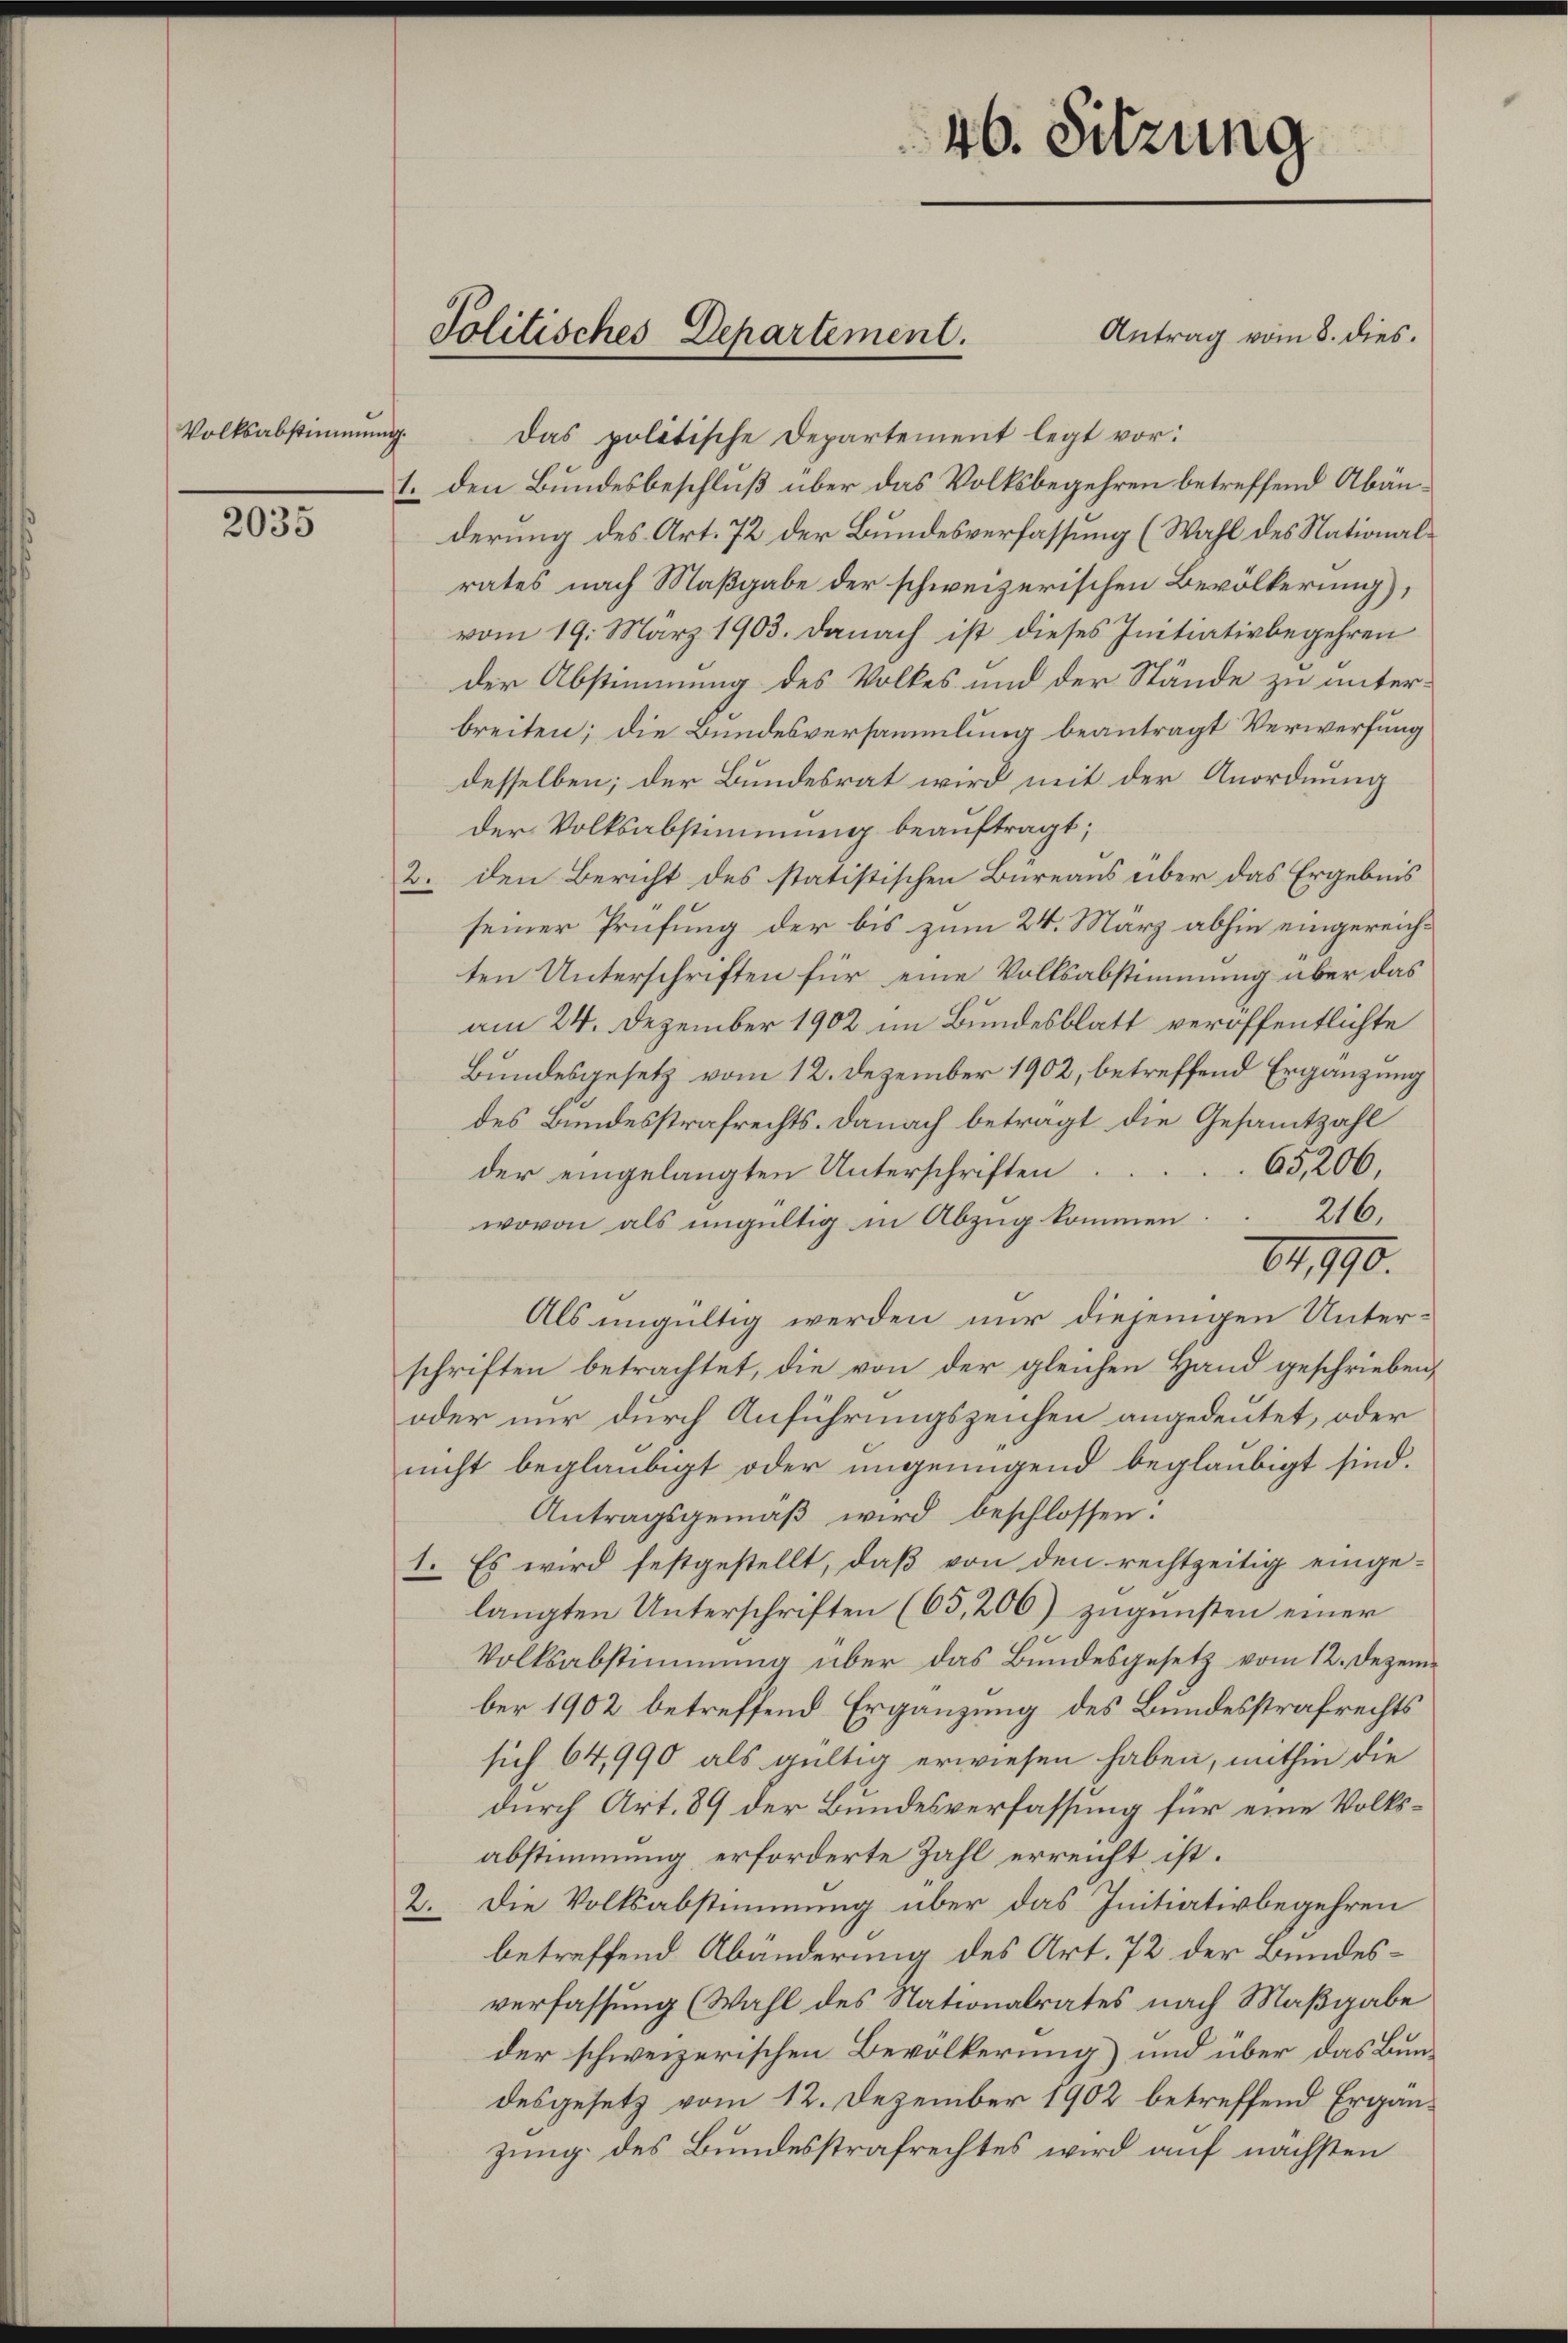
Volksabstimmung.

2035

Politisches Departement.

46. Sitzung

Das politische Departement legt vor:
1. den Bundesbeschluß über das Volksbegehren betreffend Abänderung des Art. 72 der Bundesverfassung (Wahl des Nationalrates nach Maßgabe der schweizerischen Bevölkerung),
vom 19. März 1903. Danach ist dieses Initiativbegehren
der Abstimmung des Volkes und der Stände zu unterbreiten; die Bundesversammlung beantragt Verwerfung
desselben; der Bundesrat wird mit der Anordnung
der Volksabstimmung beauftragt;
2. den Bericht des statistischen Büreaus über das Ergebnis
seiner Prüfung der bis zum 24. März abhin eingereichten Unterschriften für eine Volksabstimmung über das
am 24. Dezember 1902 im Bundesblatt veröffentlichte
Bundesgesetz vom 12. Dezember 1902, betreffend Ergänzung
des Bundesstrafrechts. Danach beträgt die Gesammtzahl
65206,
der eingelangten Unterschriften
216.
wovon als ungültig in Abzug kommen.
64,190.
Als ungültig werden nur diejenigen Unterschriften betrachtet, die von der gleichen Hand geschrieben,
oder nur durch Anführungszeichen angedeutet, oder
nicht beglaubigt oder ungenügend beglaubigt sind.
Antragsgemäß wird beschlossen:
1. Es wird festgestellt, daß von den rechtzeitig eingelangten Unterschriften (65, 206) zugunsten einer
Volksabstimmung über das Bundesgesetz vom 12. Dezember 1902 betreffend Ergänzung des Bundesstrafrechts
sich 64,990 als gültig erwiesen haben, mithin die
durch Art. 89 der Bundesverfassung für eine Volksabstimmung erforderte Zahl erreicht ist.
2. Die Volksabstimmung über das Initiativbegehren
betreffend Abänderung des Art. 72 der Bundesverfassung (Wahl des Nationalrates nach Maßgabe
der schweizerischen Bevölkerung) und über das Bundesgesetz vom 12. Dezember 1902 betreffend Ergänzung des Bundesstrafrechtes wird auf nächsten

Antrag vom 8. dies.